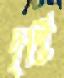
দৃষ্টি